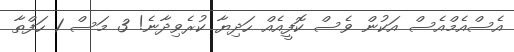
އެސްއެމްއެސް އަކުން ވެސް ކޮފީއެއް ހަދިޔާ ކުރެވިދާނެ! 3 މަސް 1 ހަފްތާ